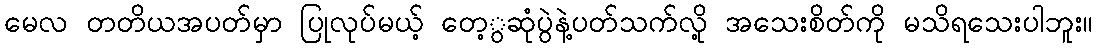
မေလ တတိယအပတ်မှာ ပြုလုပ်မယ့် တေ့ွဆုံပွဲနဲ့ပတ်သက်လို့ အသေးစိတ်ကို မသိရသေးပါဘူး။